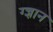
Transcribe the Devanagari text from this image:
ग्ज्ञान